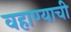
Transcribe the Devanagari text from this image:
वहाण्याची